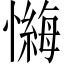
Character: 𪬶